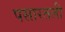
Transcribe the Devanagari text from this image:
पसारतली